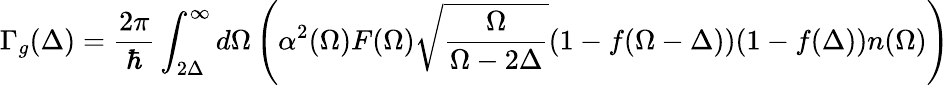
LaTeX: \Gamma_{g}(\Delta)=\frac{2\pi}{\hbar}\int_{2\Delta}^{\infty}d\Omega\left(\alpha^{2}(\Omega)F(\Omega)\sqrt{\frac{\Omega}{\Omega-2\Delta}}(1-f(\Omega-\Delta))(1-f(\Delta))n(\Omega)\right)